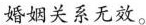
婚姻关系无效。